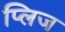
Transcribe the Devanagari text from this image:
प्लिज